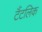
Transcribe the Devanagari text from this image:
टैंटलिक